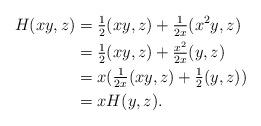
LaTeX: \begin{align*} H(xy,z) &= \tfrac{1}{2}(xy,z) + \tfrac{1}{2x}(x^2y,z) \\ &= \tfrac{1}{2}(xy,z) + \tfrac{x^2}{2x}(y,z)\\ &= x(\tfrac{1}{2x}(xy,z) + \tfrac{1}{2}(y,z))\\ &= x H(y,z).\end{align*}